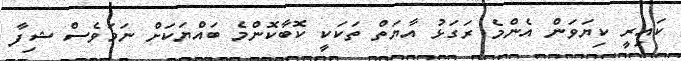
ކައިރީ ކިޔަވަން އެންމެ ރަގަޅު އާޔަތް ތަކަކީ ކޮބާކޮންމެ ބައްޔަކަށް ނަމަވެސް ޝިފާ